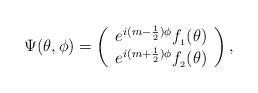
LaTeX: \begin{align*}\Psi(\theta,\phi)=\left(\begin{array}{c}e^{i(m-\frac{1}{2})\phi}f_{_{1}}(\theta) \\e^{i(m+\frac{1}{2})\phi}f_{_{2}}(\theta) \end{array}\right),\end{align*}